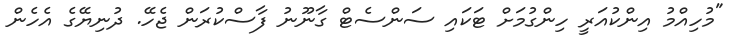
"މުހިއްމު އިންކުއަރީ ހިންގުމަށް ޓަކައި ސަންސެޓް ގާނޫނު ފާސްކުރަން ޖެހޭ. ދުނިޔޭގެ އެހެން